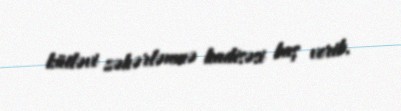
kütləvi zəhərlənmə hadisəsi baş verib.